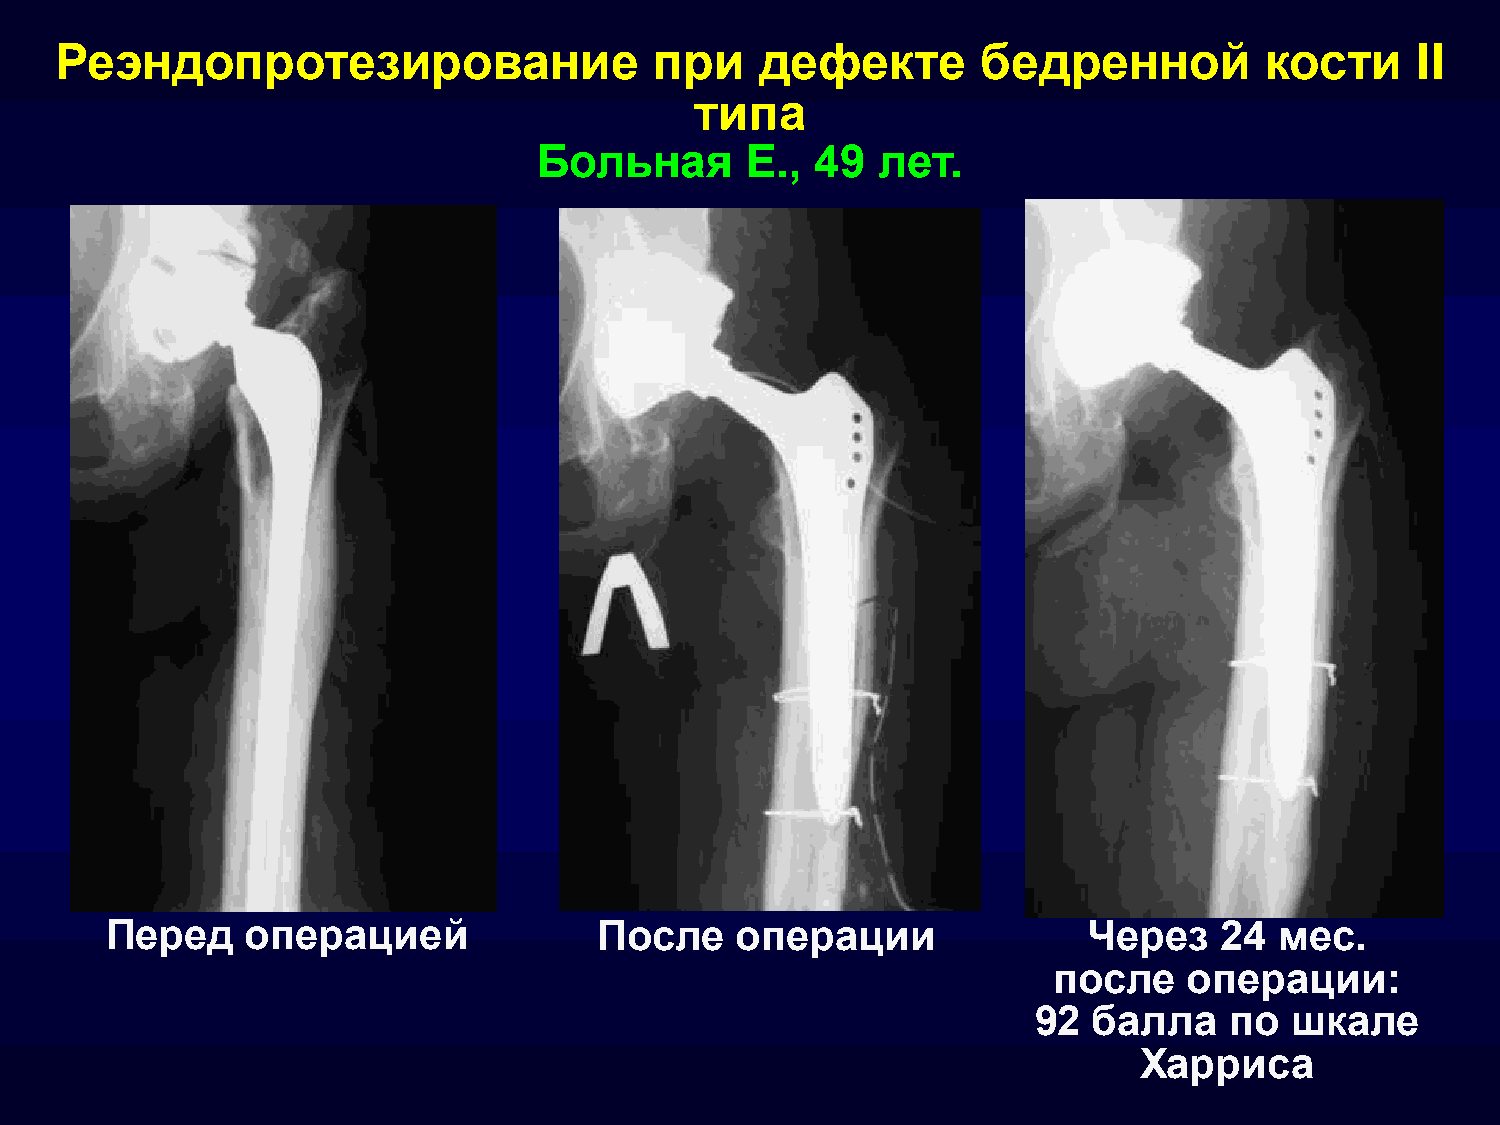
Реэндопротезирование                   при    дефекте        бедренной          кости     II
 типа
 Больная      Е.,  49  лет.
 Перед    операцией               После    операции               Через    24  мес.
 после    операции:
 92  балла    по  шкале
 Харриса